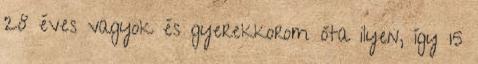
28 éves vagyok és gyerekkorom óta ilyen, így 15